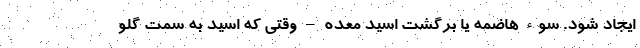
ایجاد شود. سو‌ء هاضمه یا برگشت اسید معده – وقتی که اسید به سمت گلو